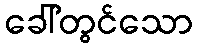
ခေါ်တွင်သော